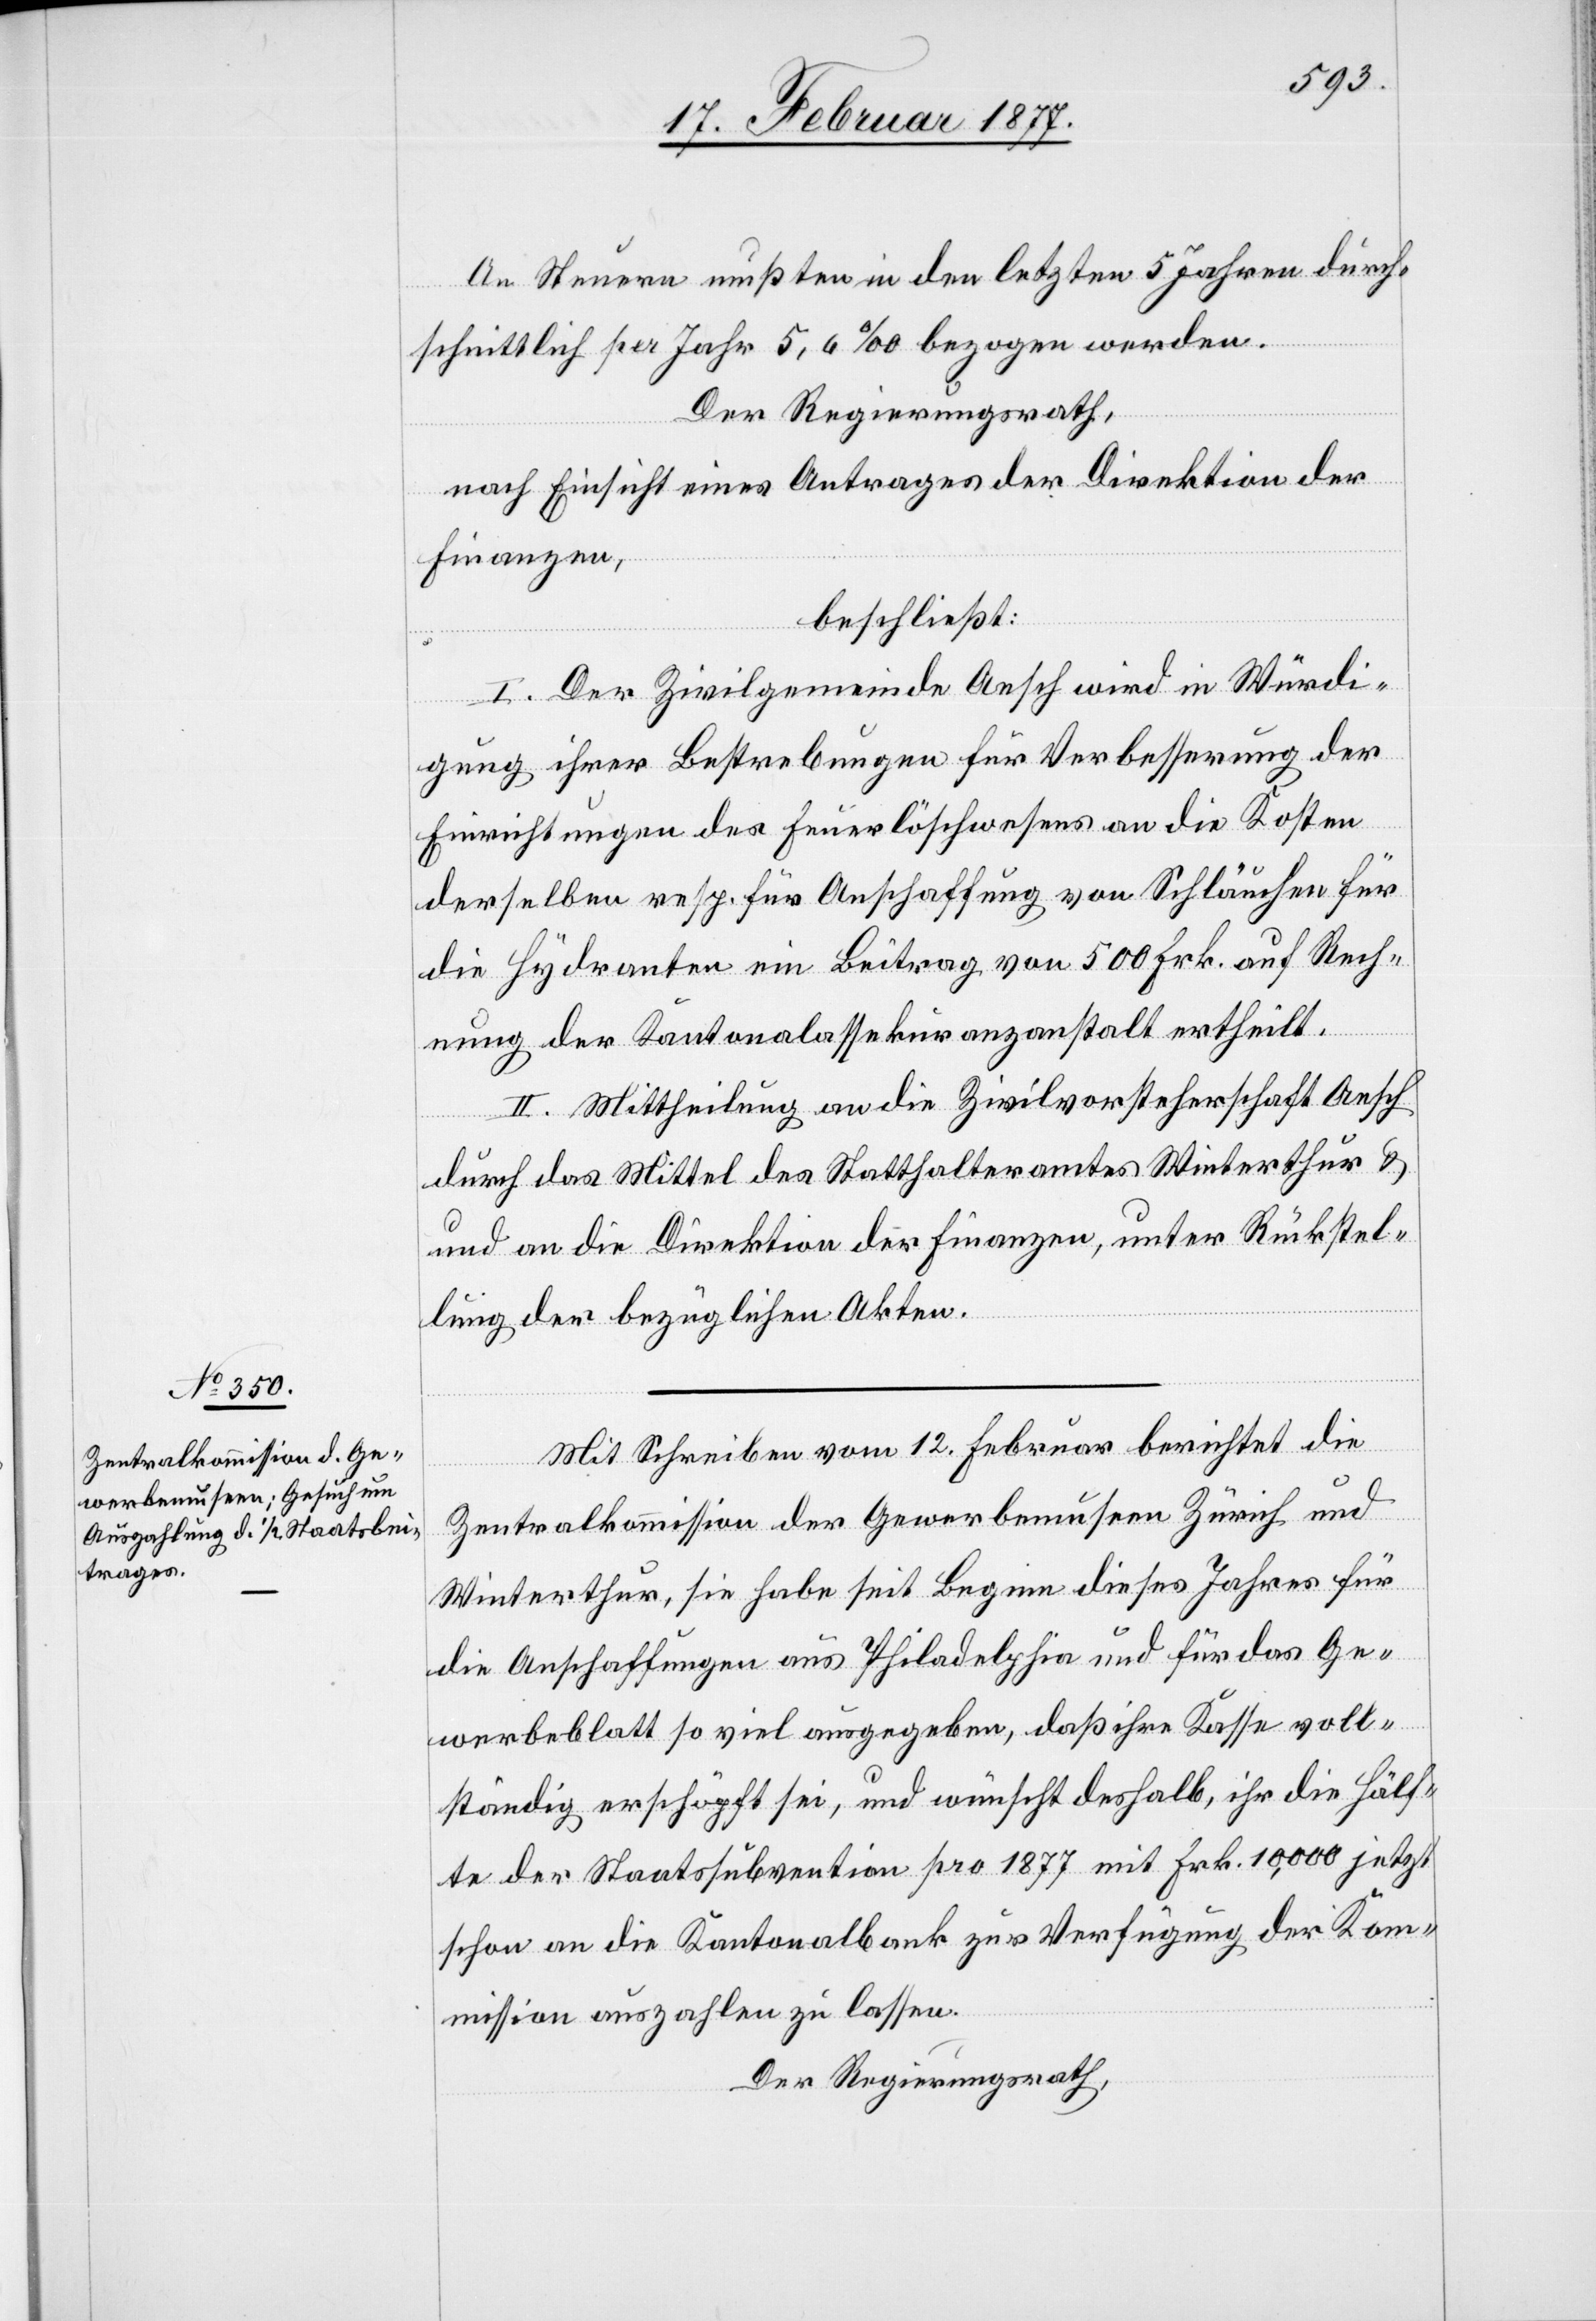
An Steuern mußten in den letzten 5 Jahren durch¬
schnittlich per Jahr 5,6‰ bezogen werden.
Der Regierungsrath,
nach Einsicht eines Antrages der Direktion der
Finanzen,
beschließt:
I. Der Zivilgemeinde Aesch wird in Würdi¬
gung ihrer Bestrebungen für Verbesserung der
Einrichtungen des Feuerlöschens an die Kosten
derselben resp. für Anschaffung von Schläuchen für
die Hydranten ein Beitrag von 500 Frk. auf Rech¬
nung der Kantonalassekuranzanstalt ertheilt.
II. Mittheilung an die Zivilvorsteherschaft Aesch
durch das Mittel des Statthalteramtes Winterthur &
an die Direktion der Finanzen, unter Rückstel¬
lung der bezüglichen Akten.
Mit Schreiben vom 12. Februar berichtet die
Zentralkommission der Gewerbemuseen Zürich und
Winterthur, sie habe seit Beginn dieses Jahres für
die Anschaffungen aus Philadelphia und für das Ge¬
werbeblatt so viel ausgegeben, daß ihre Kasse voll¬
ständig erschöpft sei, und wünscht deshalb, ihr die Hälf¬
te der Staatssubvention pro 1877 mit Frk. 10,000 jetzt
schon an die Kantonalbank zur Verfügung der Kom¬
mission auszahlen zu lassen.
Der Regierungsrath,